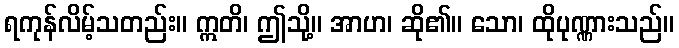
ရကုန်လိမ့်သတည်း။ ဣတိ၊ ဤသို့။ အာဟ၊ ဆို၏။ သော၊ ထိုပုဏ္ဏားသည်။